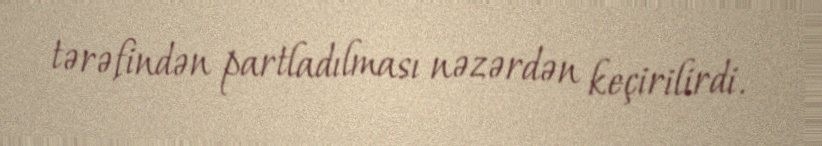
tərəfindən partladılması nəzərdən keçirilirdi.